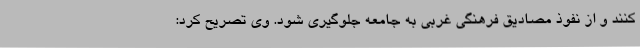
کنند و از نفوذ مصادیق فرهنگی غربی به جامعه جلوگیری شود. وی تصریح کرد: